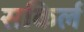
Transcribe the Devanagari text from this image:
सकिर्ल